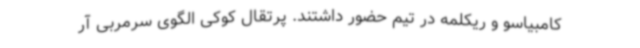
کامبیاسو و ریکلمه در تیم حضور داشتند. پرتقال کوکی الگوی سرمربی آر